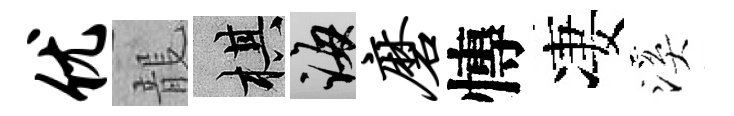
优龍棋誨磨慱凄溪